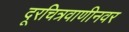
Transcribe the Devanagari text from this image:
दूरचित्रवाणीनवर